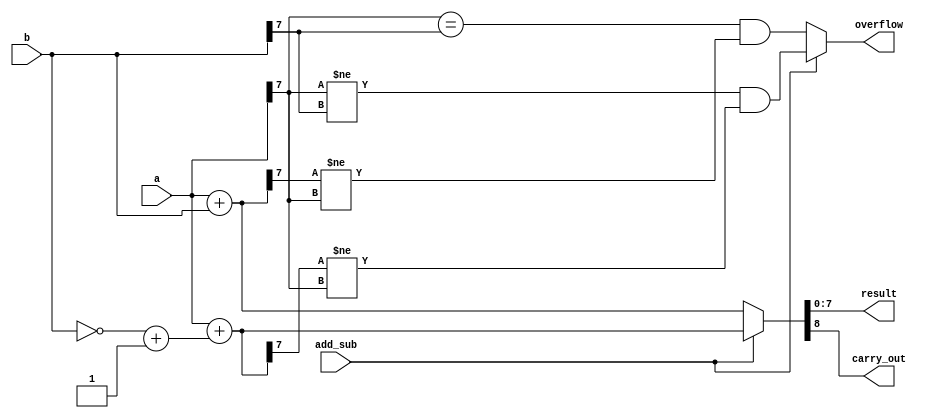
module AddSub(
    input [7:0] a,
    input [7:0] b,
    input add_sub, // 0  
    output reg [7:0] result,
    output reg carry_out,
    output reg overflow
);

always @(a, b, add_sub) begin
    if (add_sub == 1'b1) begin
        {carry_out, result} = a + (~b + 1'b1); // 2   
        overflow = (a[7] != b[7]) && (result[7] != a[7]);
        // overflow = (a[7] == b[7]) && (result[7] != a[7]); ??
    end else begin
        {carry_out, result} = a + b;
        overflow = (a[7] == b[7]) && (result[7] != a[7]);
    end
end

endmodule




module tb();

reg [7:0] a;
reg [7:0] b;
reg add_sub;
wire [7:0] result;
wire carry_out;
wire overflow;

AddSub add_sub_inst(
    .a(a),
    .b(b),
    .add_sub(add_sub),
    .result(result),
    .carry_out(carry_out),
    .overflow(overflow)
);

initial begin
    a = 8'd50;
    b = 8'd70;
    add_sub = 0;
    #10;
    
    a = 8'd130;
    b = 8'd130;
    add_sub = 0;
    #10;
    
    a = 8'd100;
    b = 8'd50;
    add_sub = 1;
    #10;
    
    a = 8'd50;
    b = 8'd100;
    add_sub = 1;
    #10;
    
    a = 8'b11111111; // -1
    b = 8'b00000001; // 1
    add_sub = 0;
    #10;
    
    a = 8'b10000001; // -127
    b = 8'b11111111; // -1
    add_sub = 0;
    #10;
    
    a = 8'b10000000;
    b = 8'b00000001; // 1
    add_sub = 1;
    #10;
    
    a = 8'b11111111; // -1
    b = 8'b01111111; // 127
    add_sub = 1;
    #10;

    a = 8'b00000001;
    b = 8'b10000000; // -128
    add_sub = 1;
    #10;
    
    $finish;
end

initial begin
    $monitor("Time: %t, A: %d, B: %d, Add/Sub: %b, Result: %d, Carry Out: %b, Overflow: %b", $time, a, b, add_sub, result, carry_out, overflow);
end

endmodule